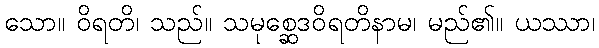
သော။ ဝိရတိ၊ သည်။ သမုစ္ဆေဒဝိရတိနာမ၊ မည်၏။ ယဿာ၊